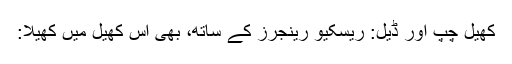
کھیل چپ اور ڈیل: ریسکیو رینجرز کے ساتھ، بھی اس کھیل میں کھیلا: